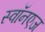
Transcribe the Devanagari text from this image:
स्वॉनएज